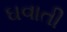
ઘવાતી